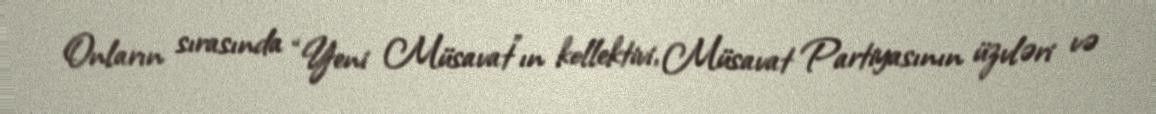
Onların sırasında “Yeni Müsavat”ın kollektivi, Müsavat Partiyasının üzvləri və